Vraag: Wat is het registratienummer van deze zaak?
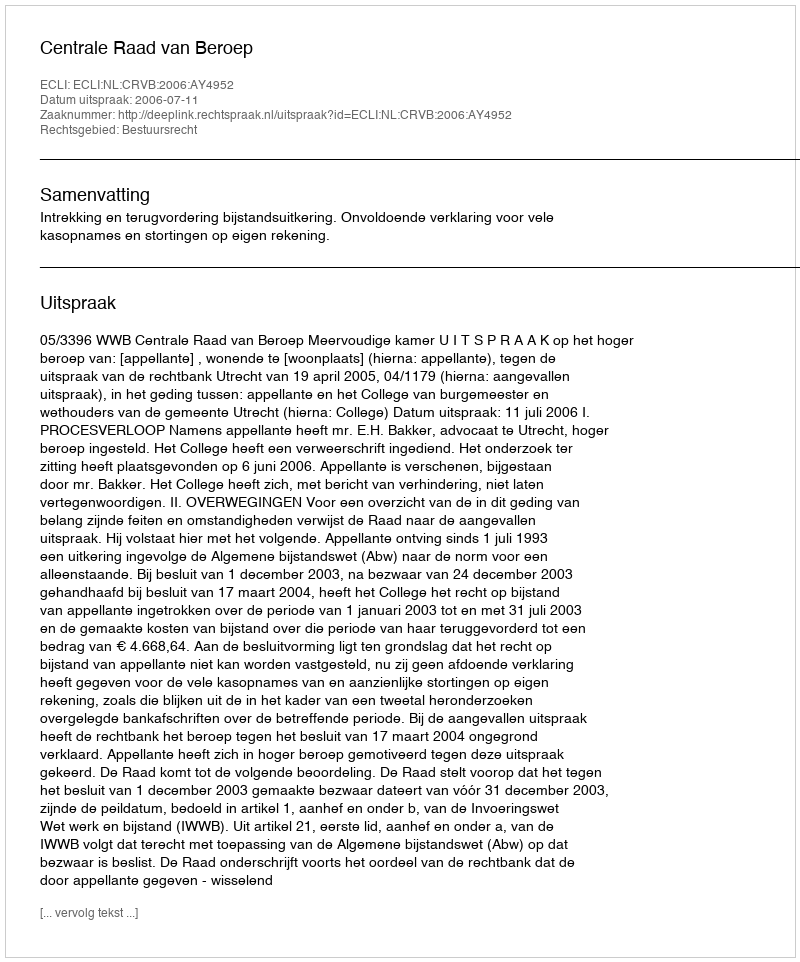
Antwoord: http://deeplink.rechtspraak.nl/uitspraak?id=ECLI:NL:CRVB:2006:AY4952